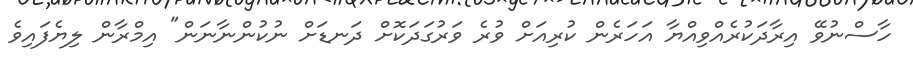
ހާސްނުވޭ އިިިރާދަކުރެއްވިއްޔާ އަހަރެން ކުރިއަށް ވުރެ ވަރުގަދަކޮށް ދަނޑަށް ނުކުންނާނަން" އިމްރާން ލިޔެފައިވެ